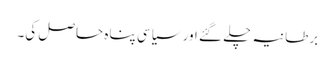
برطانیہ چلے گئے اور سیاسی پناہ حاصل کی۔